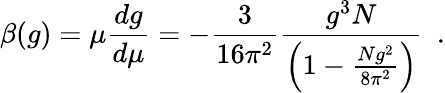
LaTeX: \beta(g)=\mu\frac{dg}{d\mu}=-\frac{3}{16\pi^{2}}\frac{g^{3}N}{\left(1-\frac{Ng^{2}}{8\pi^{2}}\right)}\, \, \, .